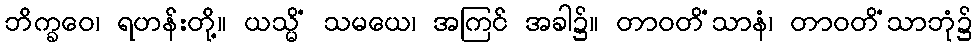
ဘိက္ခဝေ၊ ရဟန်းတို့။ ယသ္မိံ သမယေ၊ အကြင် အခါ၌။ တာဝတိံသာနံ၊ တာဝတိံသာဘုံ၌